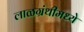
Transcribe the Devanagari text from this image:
लाळग्रंथीमध्ये